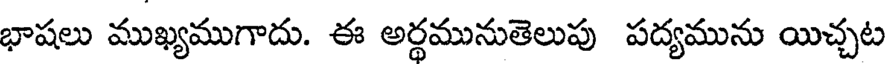
భాషలు ముఖ్యముగాదు. ఈ అర్థమునుతెలుపు పద్యమును యిచ్చట